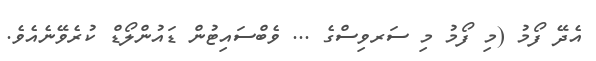
އެދޭ ފޯމު (މި ފޯމު މި ސަރވިސްގެ ... ވެބްސައިޓުން ޑައުންލޯޑް ކުރެވޭނެއެވެ.